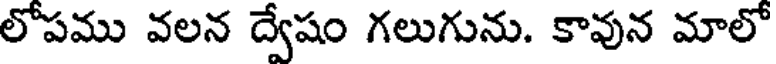
లోపము వలన ద్వేషం గలుగును. కావున మాలో